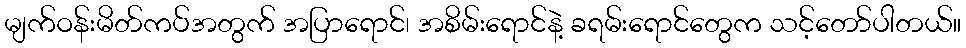
မျက်ဝန်းမိတ်ကပ်အတွက် အပြာရောင်၊ အစိမ်းရောင်နဲ့ ခရမ်းရောင်တွေက သင့်တော်ပါတယ်။